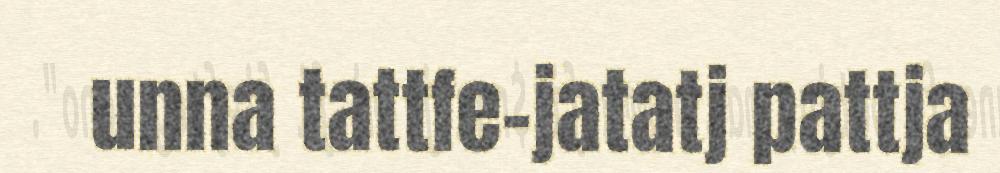
unna tattfe-jatatj pattja